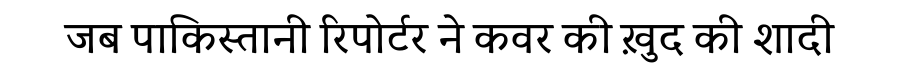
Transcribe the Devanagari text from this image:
जब पाकिस्तानी रिपोर्टर ने कवर की ख़ुद की शादी